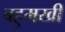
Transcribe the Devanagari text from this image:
बहुमखी